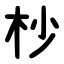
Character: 杪